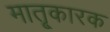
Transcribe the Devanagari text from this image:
मातृ्कारक